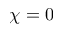
\chi = 0